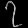
Digit: ၇